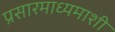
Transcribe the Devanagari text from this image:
प्रसारमाध्यमाशी